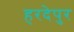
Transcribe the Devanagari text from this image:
हरदेपुर